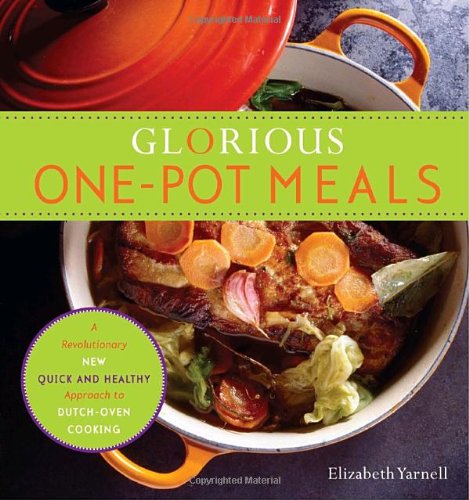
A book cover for Glorious One-Pot Meals: A Revolutionary New Quick and Healthy Approach to Dutch-Oven Cooking; Elizabeth Yarnell; Cookbooks, Food & Wine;